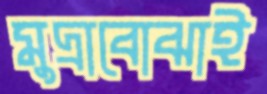
মুদ্রাবোঝাই